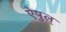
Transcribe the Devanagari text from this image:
ऐपुल्‌